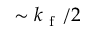
\sim k _ { \mathrm { ~ f ~ } } / 2